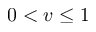
0 < v \le 1